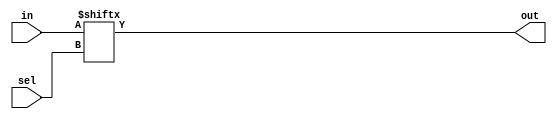
module top_module(
    input [255:0] in,
    input [7:0] sel,
    output out
);
	// Select one bit from vector in[]. The bit being selected can be variable.
	assign out = in[sel];

    // integer i;
    // always@(*)begin
    //     for (i=0;i<=255;i=i+1)begin
    //         if (i==sel)begin
    //             out=in[i];
    //         end
    //     end
    // end
endmodule